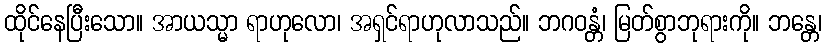
ထိုင်နေပြီးသော။ အာယသ္မာ ရာဟုလော၊ အရှင်ရာဟုလာသည်။ ဘဂဝန္တံ၊ မြတ်စွာဘုရားကို။ ဘန္တေ၊